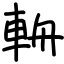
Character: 輈